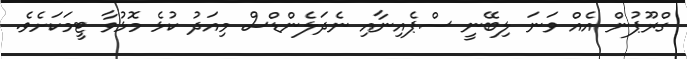
ގްރޫޕުން އެއް ވަނަ ލިބޭނީ ސްޕެއިނާއި ނެދަލެންޑްސް މިއަދު ކުޅެ މޮޅުވާ ޓީމަކަށެވެ.